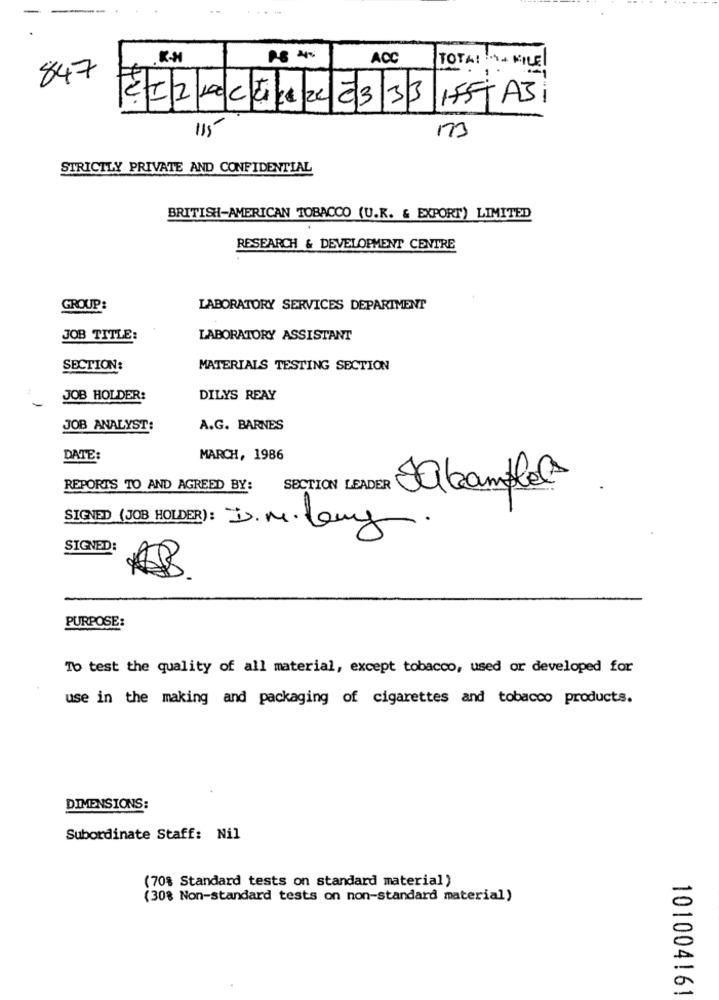
ACC
TOTA: KILE
847
Ez24c54203-35AJi
STRICTLY PRIVATE AND CONFIDENTIAL
BRITISH-AMERICAN TOBACCO (U.K. & EXPORT) LIMITED
RESEARCH & DEVELOPMENT CENTRE
GROUP:
LABORATORY SERVICES DEPARTMENT
JOB TITLE:
LABORATORY ASSISTANT
SECTION:
MATERIALS TESTING SECTION
-
JOB HOLDER:
DILYS REAY
JOB ANALYST:
A.G. BARNES
DATE:
MARCH, 1986
REPORTS TO AND AGREED BY:
SECTION LEADER
Jakample@
SIGNED (JOB HOLDER): D.M. Guy
SIGNED:
PURPOSE:
To test the quality of all material, except tobacco, used or developed for
use in the making and packaging of cigarettes and tobacco products.
DIMENSIONS:
Subordinate Staff: Nil
(70% Standard tests on standard material)
(30% Non-standard tests on non-standard material)
101004161